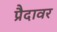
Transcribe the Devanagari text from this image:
प्रैदावर